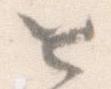
と